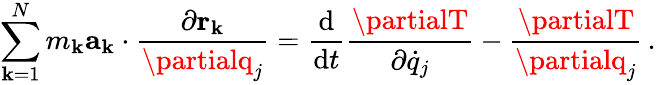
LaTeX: \sum_{\mathbf{k}=1}^{N}m_{\mathbf{k}}\mathbf{{a}}_{\mathbf{k}}\cdot{\frac{{\partial\mathbf{{r}}_{\mathbf{k}}}}{{\partialq_{j}}}}={\frac{{\mathrm{{d}}}}{{\mathrm{{d}}t}}}{\frac{{\partialT}}{{\partial{\dot{{q}}}_{j}}}}-{\frac{{\partialT}}{{\partialq_{j}}}}\, .